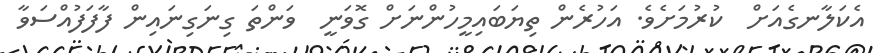
އެކަލާނގެއަށް  ކުރުމަށެވެ. އަހުރެން ތިޔަބައިމީހުންނަށް ގޮވަނީ  ވަންތަ ގިނަގިނައިން ފާފަފުއްސަވާ